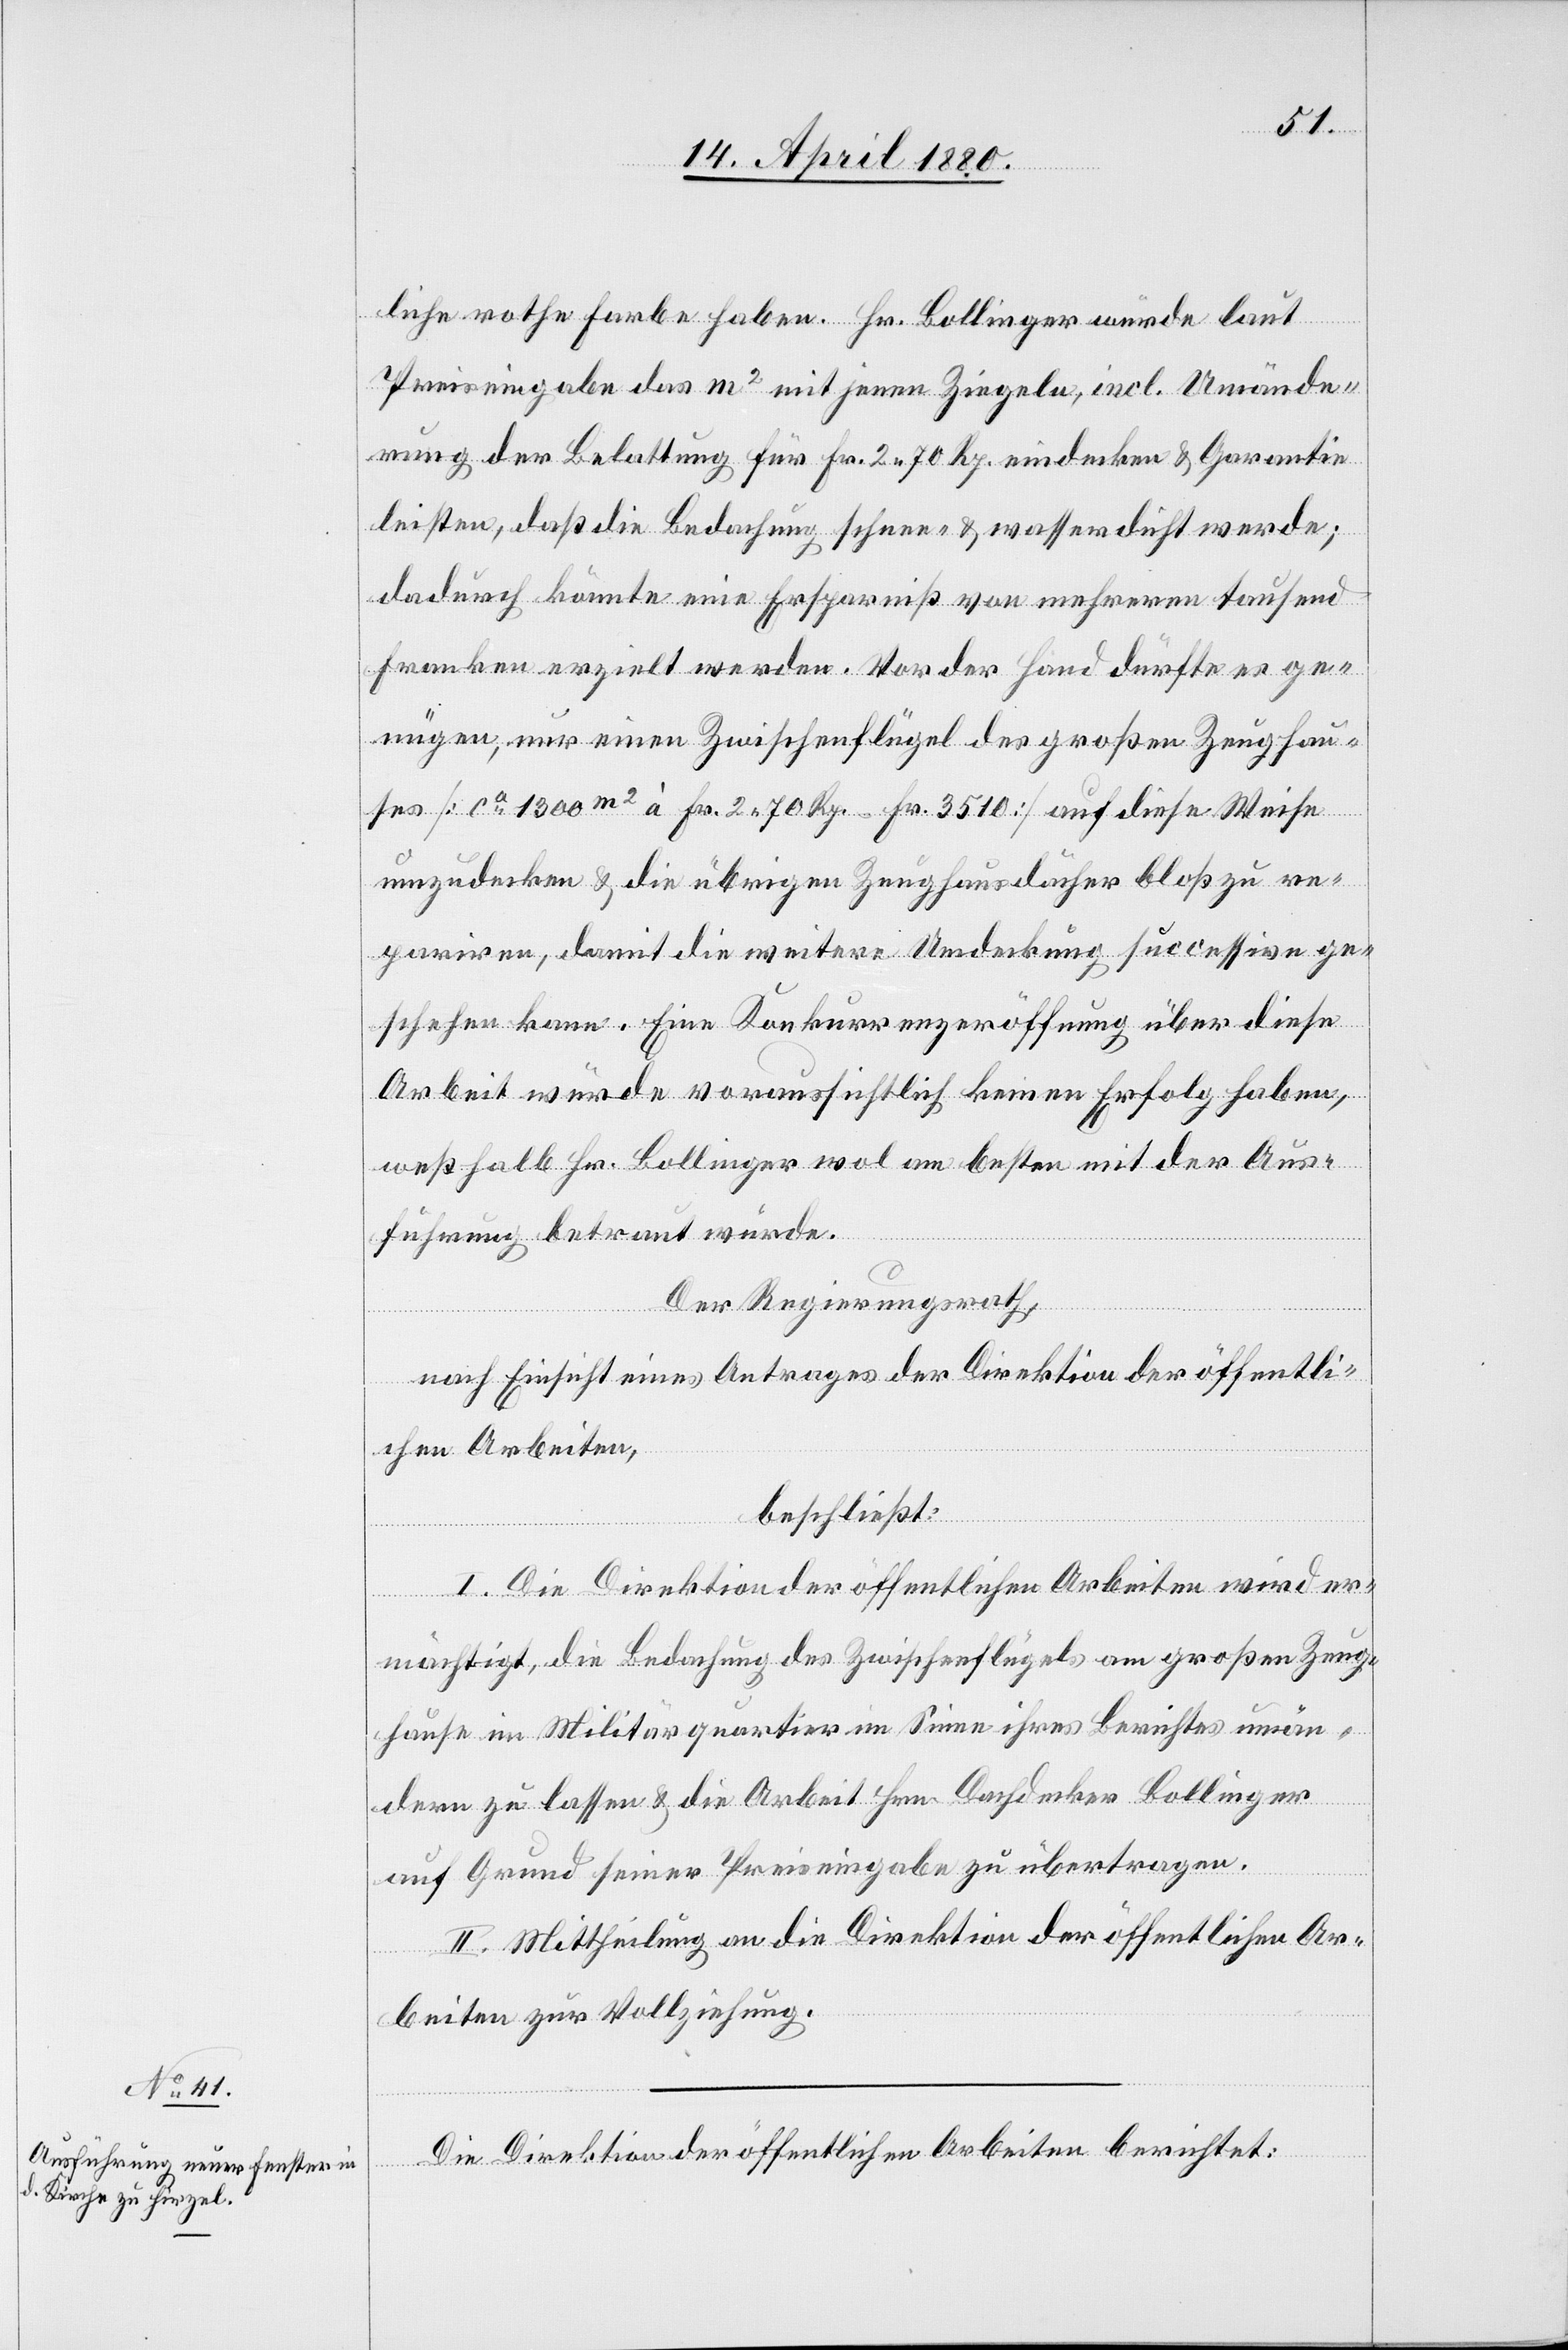
liche rothe Farbe haben. Hr. Bollinger würde laut
Preiseingabe das m2 mit jenen Ziegeln, incl. Umände¬
rung der Belattung für Fr. 2.70 Rp. eindecken & Garantie
leisten, daß die Bedachung schnee- & wasserdicht werde;
dadurch könnte eine Ersparniß von mehreren tausend
Franken erzielt werden. Vor der Hand dürfte es ge¬
nügen, nur einen Zwischenflügel des großen Zeughau¬
ses [ca 1300 m2 à Fr. 2. 70 Rp. = Fr. 3510] umzudecken & die
pariren, damit die weitere Umdeckung successive ge¬
schehen kann. Eine Konkurrenzeröffnung über diese
Arbeit würde voraussichtlich keinen Erfolg haben,
weßhalb Hr. Bollinger wol am besten mit der Aus¬
führung betraut würde.
I.
Der Regierungsrath,
nach Einsicht eines Antrages der Direktion der öffentli¬
chen Arbeiten,
beschließt:
mächtigt, die Bedachung des Zwischenflügels am großen Zeug¬
er¬
hause im Militärquartier im Sinne ihres Berichtes umän¬
nern
dern zu lassen & die Arbeit Hrn. Dachdecker Bollinger
auf Grund seiner Preiseingabe zu übertragen.
II. Mittheilung an die Direktion der öffentlichen Ar¬
beiten zur Vollziehung.
Die Direktion der öffentlichen Arbeiten berichtet: